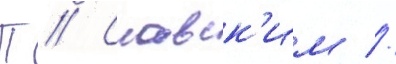
П // Славск'им //